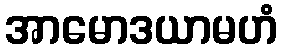
အာမောဒယာမဟံ